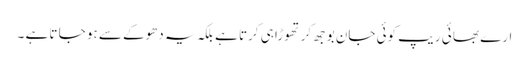
ارے بھا ئی ریپ کوئی جان بوجھ کر تھوڑا ہی کرتا ہے بلکہ یہ دھوکے سے ہو جا تا ہے ۔